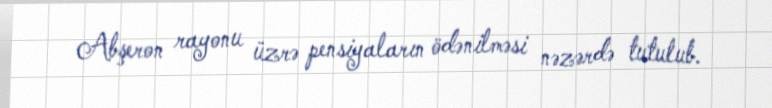
Abşeron rayonu üzrə pensiyaların ödənilməsi nəzərdə tutulub.